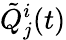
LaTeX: \tilde{Q}_{j}^{i}(t)